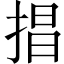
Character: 𢮵